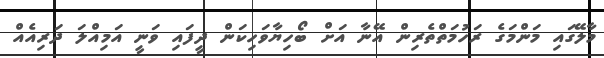
މާލޭގައި މަންމަގެ ރަހުމަތްތެރިން އޭނާ އަށް ބޯހިޔާވަހިކަން ދީފައި ވަނީ އަމިއްލަ ދަރިއެއް